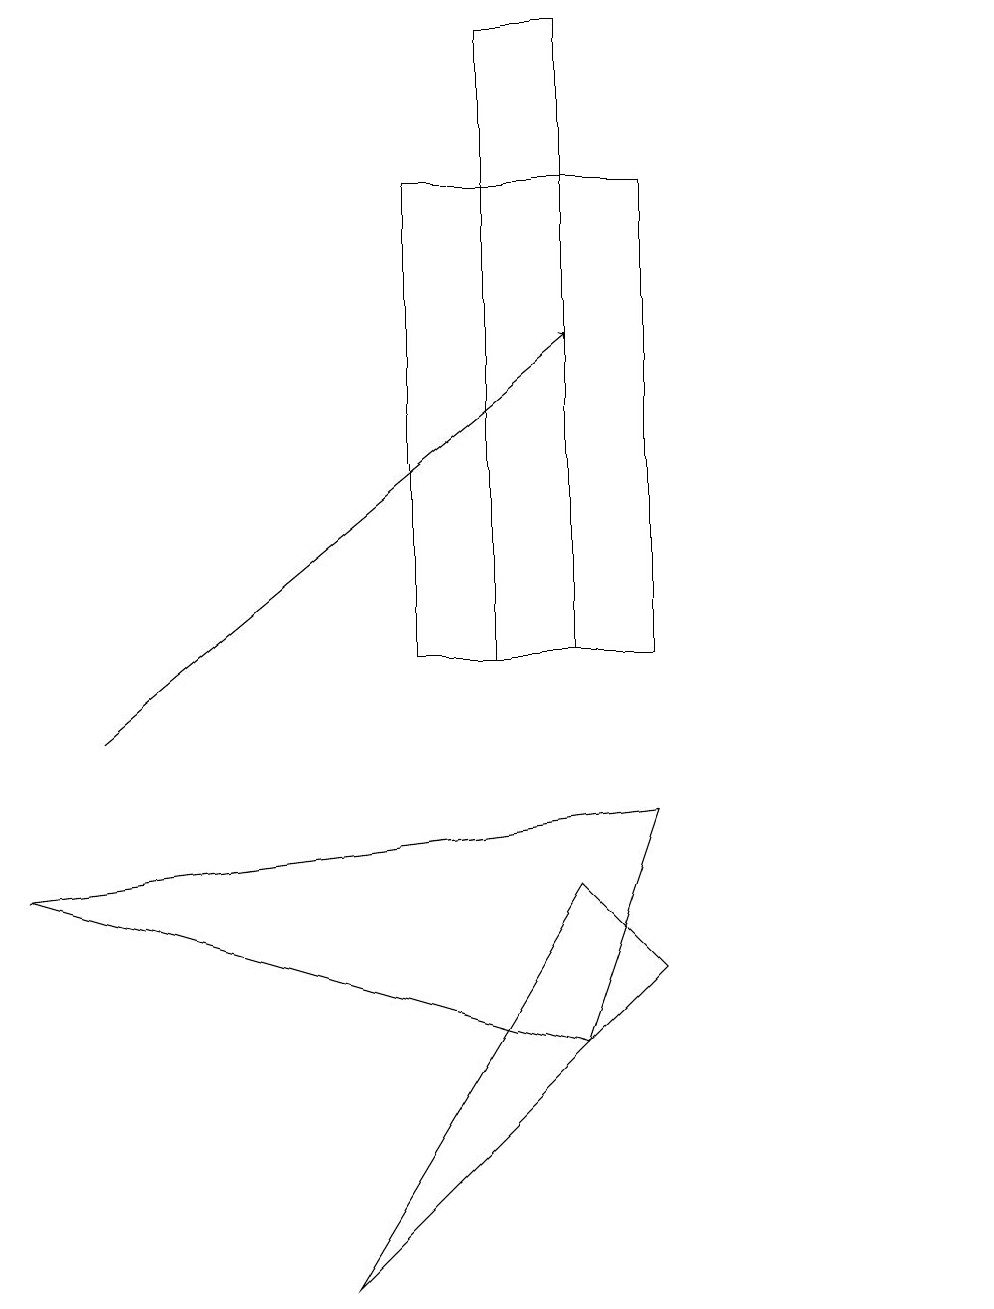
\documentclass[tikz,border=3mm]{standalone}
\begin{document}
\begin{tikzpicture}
\draw (7,6) -- (0,8) -- (8,9) -- cycle;
\draw (4,3) -- (8,7) -- (7,8) -- cycle;
\draw (7,11) rectangle (6,19);
\draw (5,17) rectangle (8,11);
\draw (12,10) circle (0);
\draw[->] (1,10) -- (7,15);
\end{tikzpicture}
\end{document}